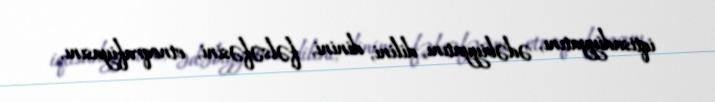
iqtisadiyyatını, ədəbiyyatını, dilini, dinini, fəlsəfəsini, etnoqrafiyasını,